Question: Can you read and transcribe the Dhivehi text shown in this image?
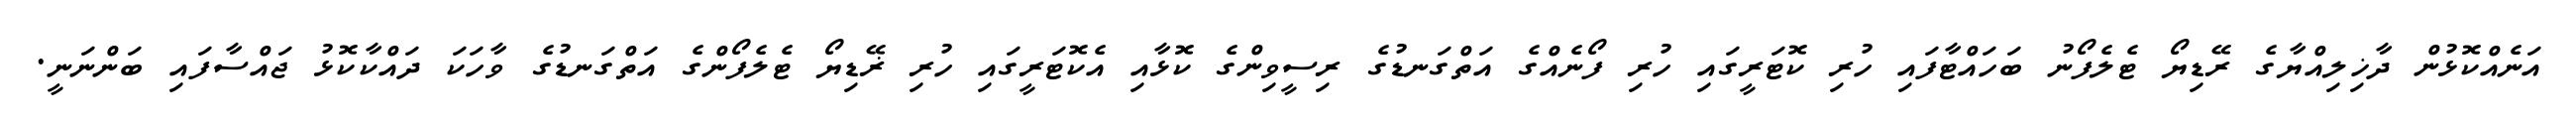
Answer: އަނެއްކޮޅުން ދާޚިލިއްޔާގެ ރޭޑިޔޯ ޓެލެފޯނު ބަހައްޓާފައި ހުރި ކޮޓަރީގައި ހުރި ފޯނެއްގެ އަތްގަނޑުގެ ރިސީވިންގެ ކޮޅާއި އެކޮޓަރީގައި ހުރި ޜޭޑިޔޯ ޓެލެފޯންގެ އަތްގަނޑުގެ ވާހަކަ ދައްކާކޮޅު ޖައްސާފައި ބަންނަނީ.